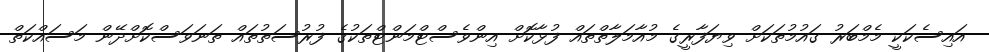
އައިސެކަކީ މެމްބަރު ގައުމުތަކަށް ވިޔަފާރީގެ މުއާމަލާތްތައް ފުޅާކޮށް އިންވެސްޓްމަންޓްތަކުގެ ފުރުސަތުތައް ތަނަވަސްކޮށްދޭން މަސައްކަތް